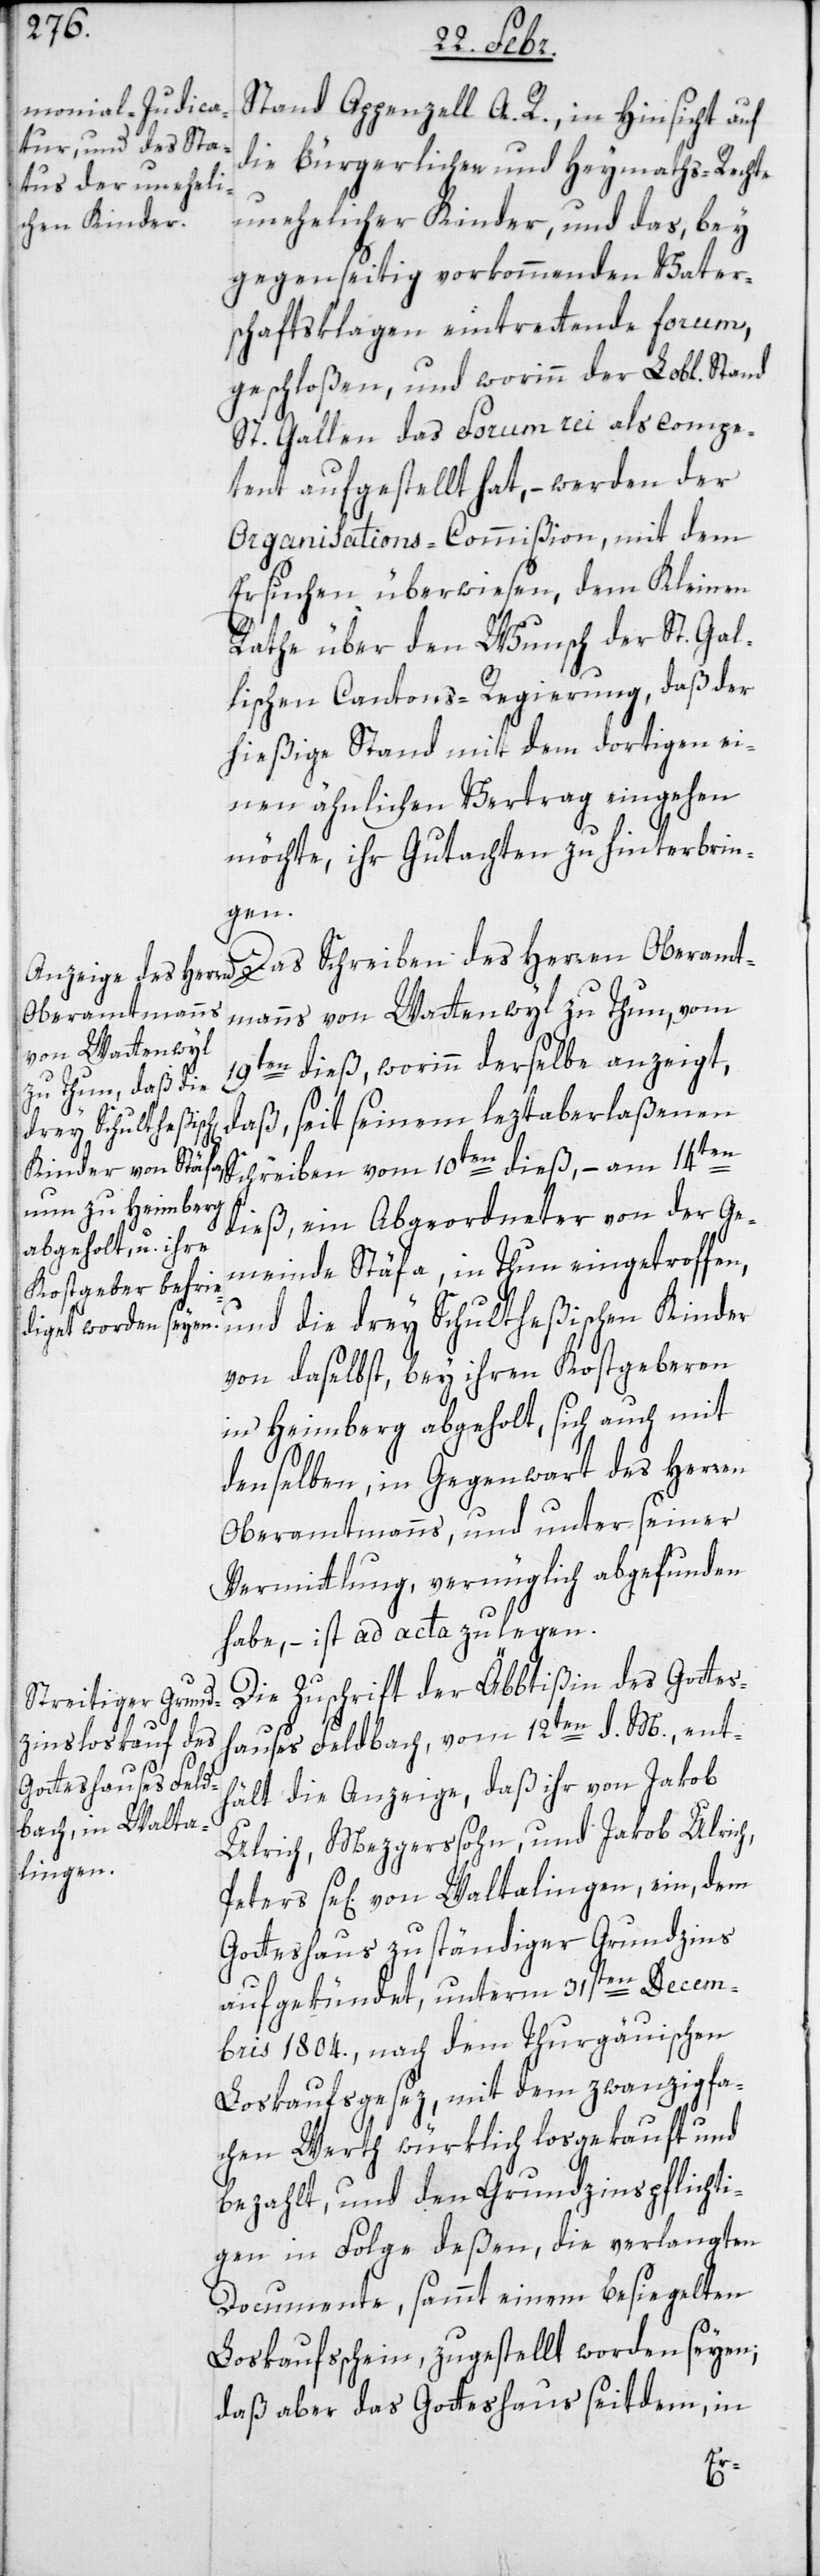
Stand Appenzell A. R., in Hinsicht auf
die bürgerlichen und Heymaths-Rechte
unehelicher Kinder, und das, bey
gegenseitig vorkommenden Vater¬
schaftsklagen eintrettende forum,
geschloßen, und worinn der Lobl. Stand
St. Gallen das Forum rei als compe¬
tent aufgestellt hat, – werden der
Organisations-Commißion, mit dem
Ersuchen überwiesen, dem Kleinen
Rathe über den Wunsch der St. Gal¬
lischen Cantons-Regierung, daß der
hießige Stand mit dem dortigen ei¬
nen ähnlichen Vertrag eingehen
möchte, ihr Gutachten zu hinterbrin¬
ren
ns von Wattenwyl zu Thun, vom
Oberamtman¬
19ten dieß, worinn derselbe anzeigt,
daß, seit seinem leztaberlaßenen
Das Schreiben des
Schreiben vom 10ten dieß, – am 14ten
dieß, ein Abgeordneter von der Ge¬
meinde Stäfa, in Thun eingetroffen,
und die drey Schultheßischen Kinder
von daselbst, bey ihren Kostgeberen
in Heimberg abgeholt, sich auch mit
denselben, in Gegenwart des Herren
Oberamtmanns, und unter seiner
Vermittlung, vernüglich abgefunden
habe, – ist ad acta zu legen.
Die Zuschrift der Äbtißin des Gottes¬
hauses Feldbach, vom 12ten d. M., ent¬
hält die Anzeige, daß ihr von Jakob
Ulrich, Mezgerssohn, und Jakob Ulrich,
se[ligen] von Waltalingen, ein, dem
Gotteshaus zuständiger Grundzins
aufgekündet, unterm 31sten Decem¬
bris 1804., nach dem Thurgäuischen
Loskaufgesez, mit dem zwanzigfa¬
chen Werth würklich losgekauft und
bezahlt, und den Grundzinspflichti¬
gen in Folge deßen, die verlangten
Documente, sammt einem besiegelten
Loskaufschein, zugestellt worden seyen;
daß aber das Gotteshaus seitdem, in